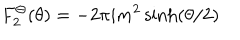
LaTeX: F _ { 2 } ^ { \Theta } ( \theta ) = - 2 \pi i m ^ { 2 } \sinh ( \theta / 2 ) \,